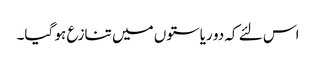
اس لئے کہ دو ریاستوں میں تنازع ہو گیا۔